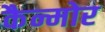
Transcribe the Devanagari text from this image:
कैन्मोर